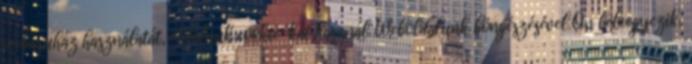
webáruház használatát, oldalunk cookie-kat használ. Weboldalunk böngészésével Ön beleegyezik,